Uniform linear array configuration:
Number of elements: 16
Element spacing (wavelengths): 0.5
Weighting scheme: binomial
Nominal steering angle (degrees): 60
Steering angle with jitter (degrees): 58.581
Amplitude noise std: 0.05
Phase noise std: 0.05

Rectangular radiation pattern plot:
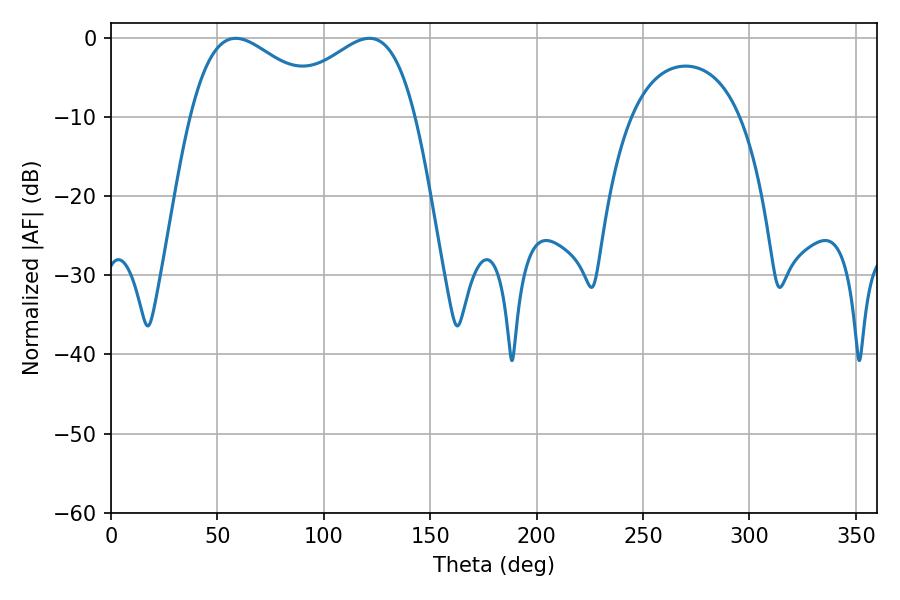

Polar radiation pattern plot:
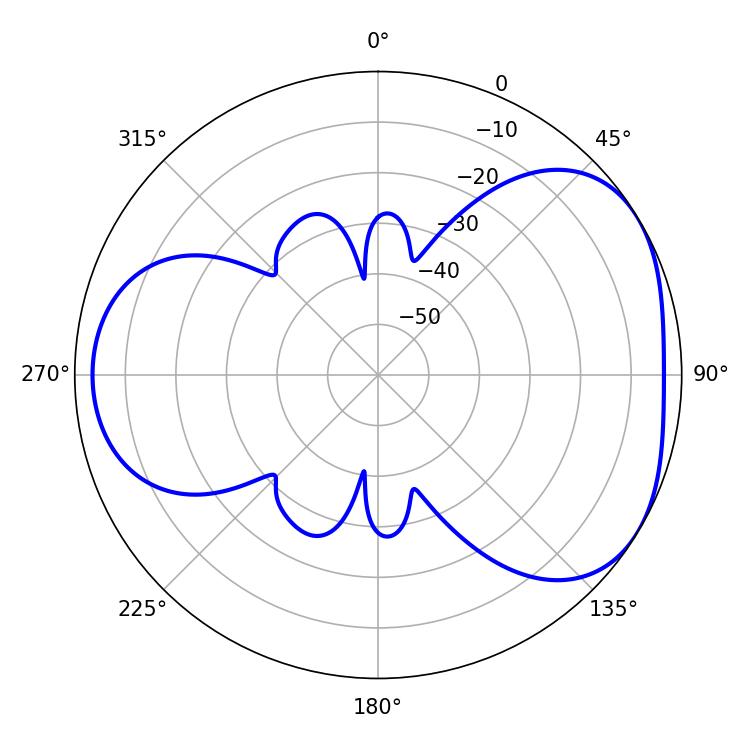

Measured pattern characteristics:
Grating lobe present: FALSE
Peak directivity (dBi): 4.147
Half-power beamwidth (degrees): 35.64
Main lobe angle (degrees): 58.68